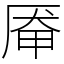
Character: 厣